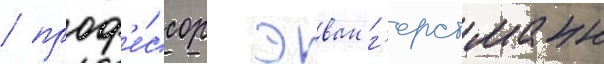
/ проф'е́ссор эван г'ерстманн